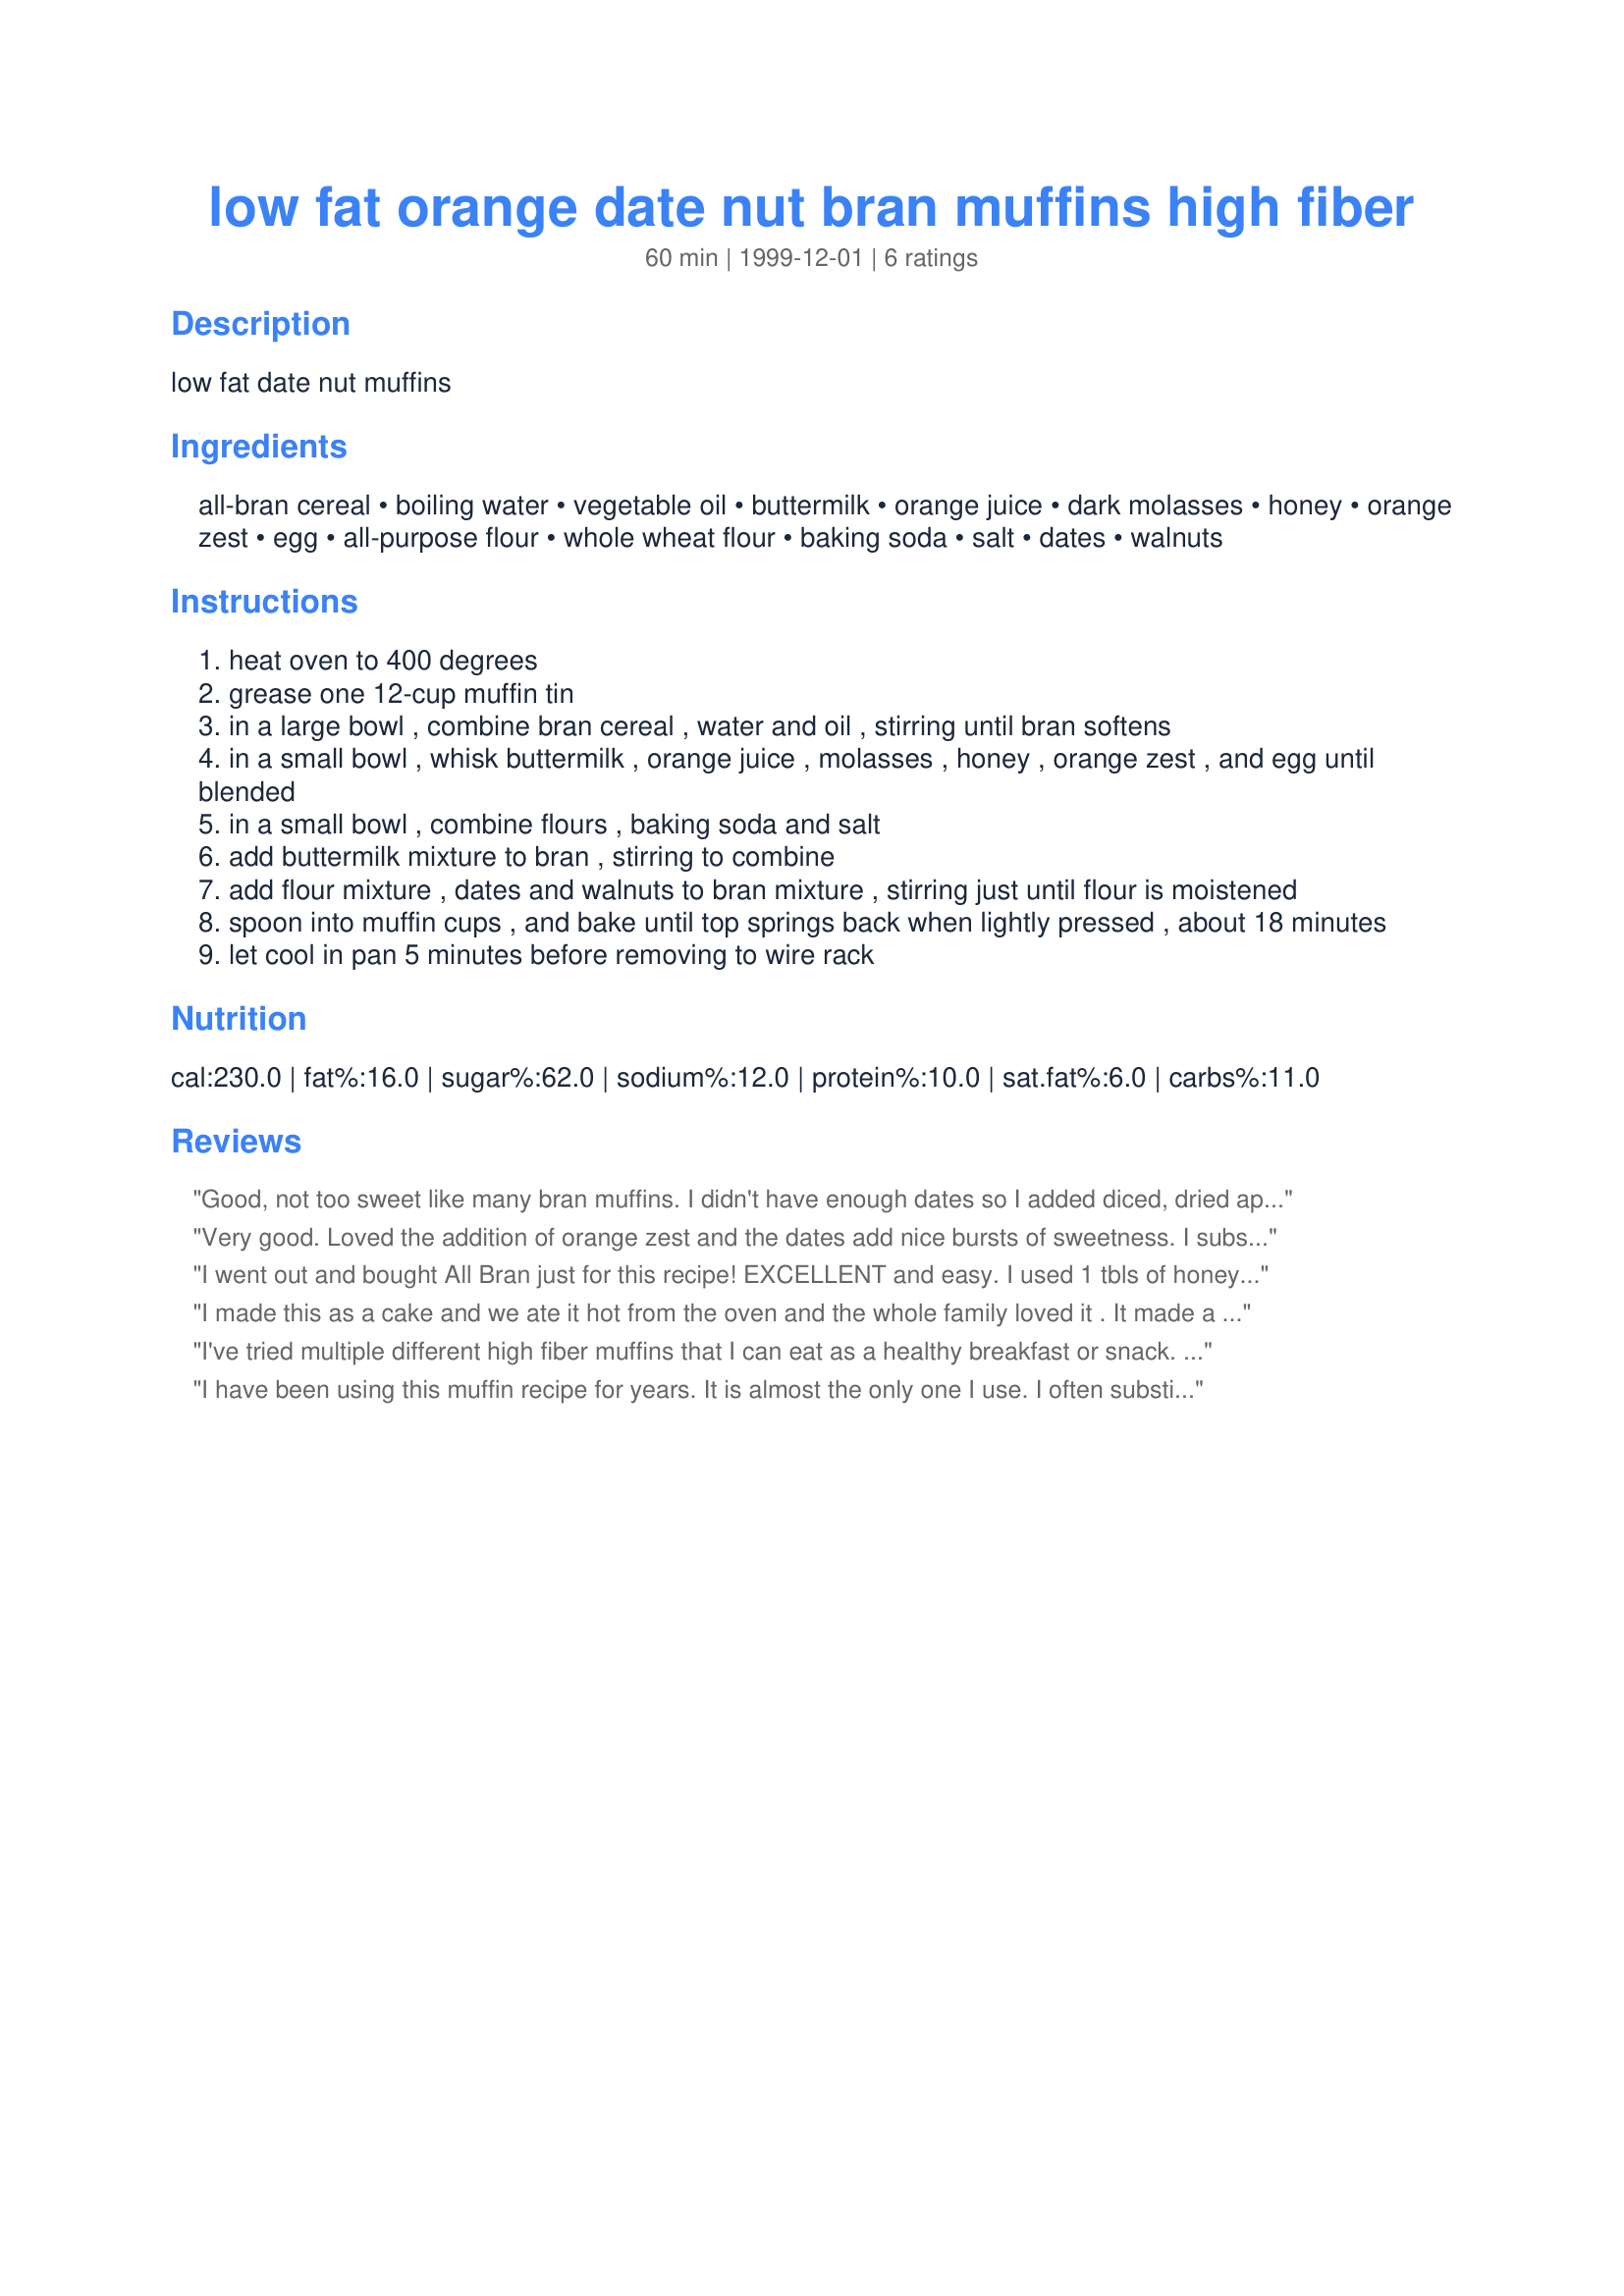
low fat orange date nut bran muffins high fiber
Preparation time: 60 minutes

low fat date nut muffins

Ingredients:
all-bran cereal, boiling water, vegetable oil, buttermilk, orange juice, dark molasses, honey, orange zest, egg, all-purpose flour, whole wheat flour, baking soda, salt, dates, walnuts

Steps:
heat oven to 400 degrees
grease one 12-cup muffin tin
in a large bowl , combine bran cereal , water and oil , stirring until bran softens
in a small bowl , whisk buttermilk , orange juice , molasses , honey , orange zest , and egg until blended
in a small bowl , combine flours , baking soda and salt
add buttermilk mixture to bran , stirring to combine
add flour mixture , dates and walnuts to bran mixture , stirring just until flour is moistened
spoon into muffin cups , and bake until top springs back when lightly pressed , about 18 minutes
let cool in pan 5 minutes before removing to wire rack

Reviews:
Good, not too sweet like many bran muffins. I didn't have enough dates so I added diced, dried apricots and LOVED the additional taste.
Very good. Loved the addition of orange zest and the dates add nice bursts of sweetness. I substituted wheat bran for the all-bran cereal. I also substituted pecans for walnuts. Baked for 15 minutes. Thank you for the recipe. Made for Summer Comfort Cafe 2009.
I went out and bought All Bran just for this recipe! EXCELLENT and easy. I used 1 tbls of honey and molasses. Left out the Walnuts and halved the dates. This bought calories down to 156 each. 

Next time, I am going to mash the dates into the All Bran and hot water and also reduce the fat to 1 tbls. I will probably add a couple of tbls of flaxseed meal too.

Having said all that - the recipe was brilliant just the way I did it!
I made this as a cake and we ate it hot from the oven and the whole family loved it . It made a generous cake and I will freeze the remaining half for school lunches. It was very impressive and healthy recipe .
I've tried multiple different high fiber muffins that I can eat as a healthy breakfast or snack. This one was hands down our favorite. It had the most flavor, and my husband said they were really good, without adding the clause "for a health muffin."
These are good with the full amount of dates, but I prefer with about 2/3 cup instead.
I also used all the zest off my orange, which is at least double the amount called for, but good that way.
This recipe doubles quite well if I want to freeze half. I made them with cranberries instead of dates once, and while not bad, the muffins turn out much more moist and sweet with dates.
I've made these more times than I can count, and make sure to always keep the ingredients on hand. Thanks, Dancer!
I have been using this muffin recipe for years. It is almost the only one I use. I often substitute straight bran for the bran cereal, and if I don't have whole wheat flour, I sometimes use 1 cup white flour plus 1/4 cup of wheat germ.

I can't recommend this fabulous recipe enough! thanks for posting it here.
